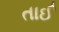
તાઈ